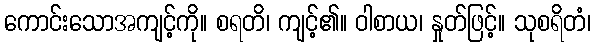
ကောင်းသောအကျင့်ကို။ စရတိ၊ ကျင့်၏။ ဝါစာယ၊ နှုတ်ဖြင့်။ သုစရိတံ၊